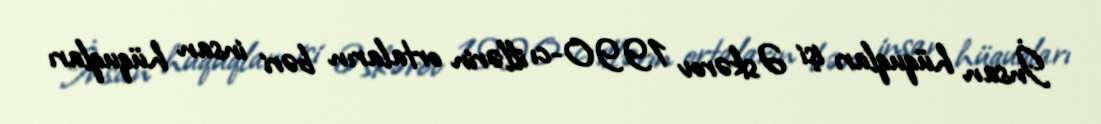
İnsan hüquqları işi Əskərov 1990-cı illərin ortaların bəri insan hüquqları